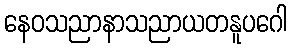
နေဝသညာနာသညာယတနူပဂေါ